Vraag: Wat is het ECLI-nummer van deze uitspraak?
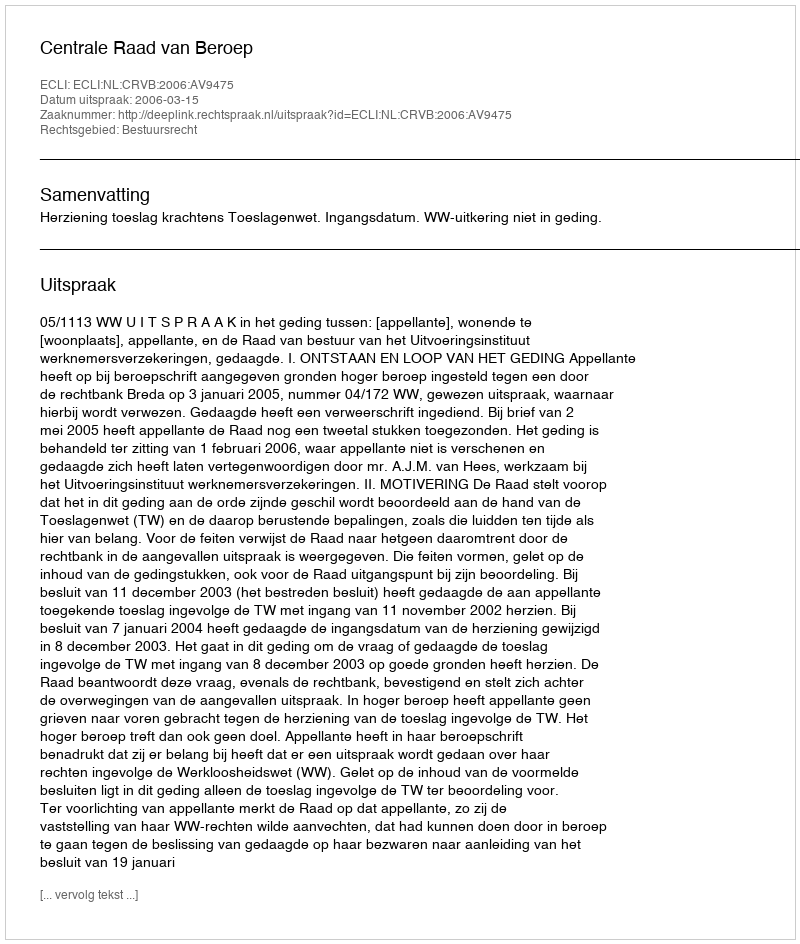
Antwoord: ECLI:NL:CRVB:2006:AV9475